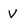
Character: V